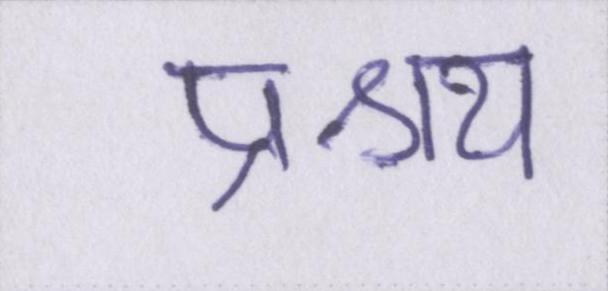
प्रश्रय